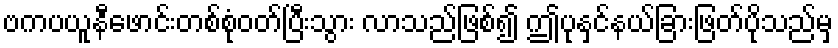
ဗကပယူနီဖောင်းတစ်စုံဝတ်ပြီးသွား လာသည်ဖြစ်၍ ဤပုနှင်နယ်ခြားဖြတ်ပိုသည်မှ